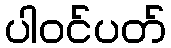
ပါဝင်ပတ်